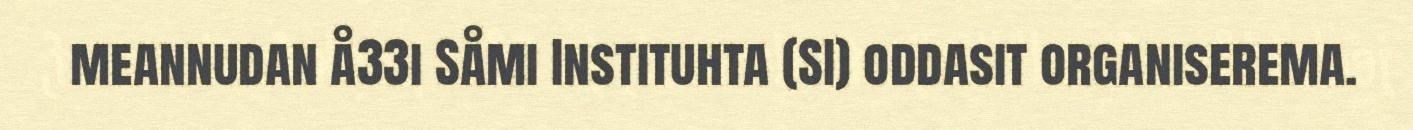
meannudan å33i Såmi Instituhta (SI) oddasit organiserema.